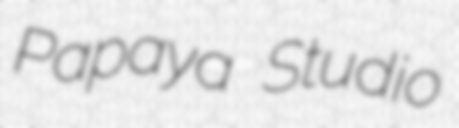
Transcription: Papaya Studio